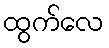
ထွက်လေ